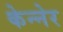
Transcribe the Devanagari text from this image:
केन्नेर